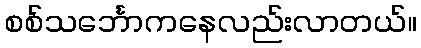
စစ်သင်္ဘောကနေလည်းလာတယ်။